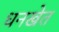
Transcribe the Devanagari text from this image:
धनखेत